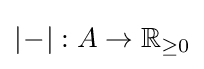
|\!-\!|:A\to \mathbb {R} _{\geq 0}